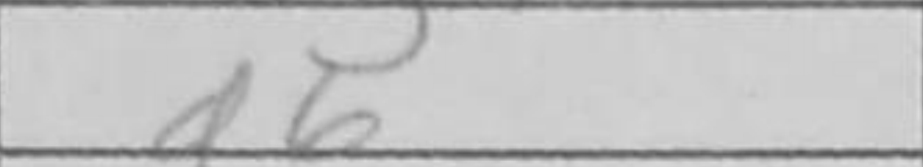
Transcription: d6